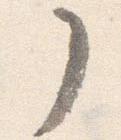
了